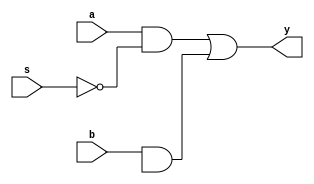
module mux1(input a,b,s,output y);
    wire t1,t2,t3; // internals decleration.
    // wire[2:0] t;
    //not n1(t3,s);  // by using not premitives.
    //and a1(t1,a,!s); // two type of inverted selection for mux.
    
    and a1 (t1,a,~s);
    and a2 (t2,b,t3);
    or r1 (y,t1,t2);    
endmodule